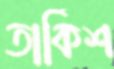
তার্কিশ